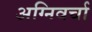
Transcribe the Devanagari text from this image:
अग्निवर्चा